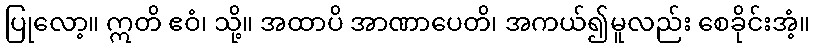
ပြုလော့။ ဣတိ ဧဝံ၊ သို့။ အထာပိ အာဏာပေတိ၊ အကယ်၍မူလည်း စေခိုင်းအံ့။